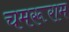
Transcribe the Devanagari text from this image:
चमरूराम